Annual report on the Civil Veterinary Department, Burma (including the Insein Veterinary School) - 1910-1922
Year: 1910
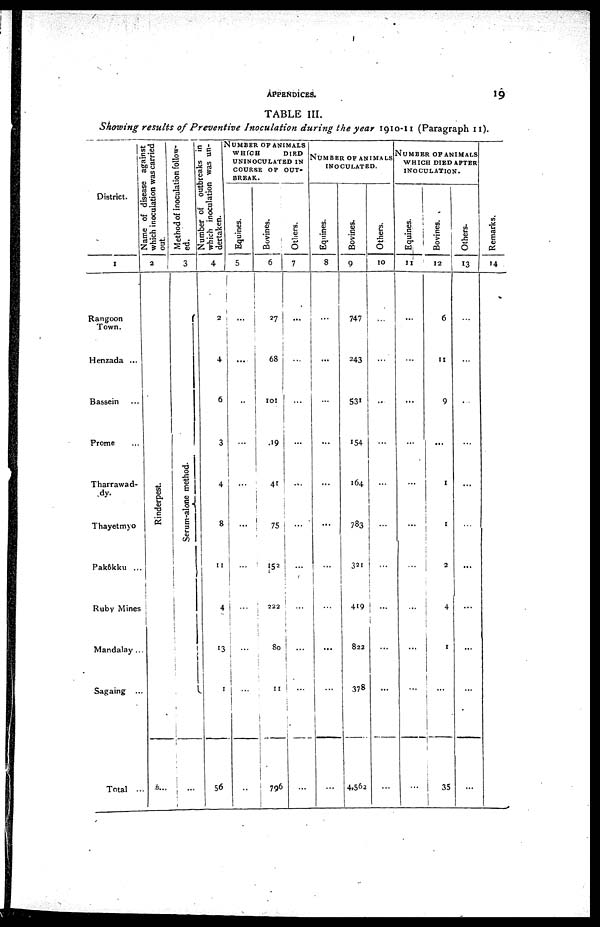
APPENDICES.
19
TABLE III.
Showing results of Preventive Inoculation during the year 1910-11 (Paragraph 11).
District.
1
Rangoon
Town.
Henzada ...
Bassein ...
Prome ...
Tharrawad-
dy.
Thayetmyo
Pakôkku ...
Ruby Mines
Mandalay ...
Sagaing ...
Total ...
Name of disease against
which inoculation was carried
out.
2
Rinderpest.
Method of inoculation follow-
ed.
3
Serum-alone method.
which inoculation was un-
dertaken.
4
2
4
6
3
4
8
11
4
13
...
56
NUMBER OF ANIMALS WHICH DIED AFTER INOCULATION.
Equines.
5
...
...
...
...
...
...
...
...
...
...
Bovines.
6
27
68
101
19
41
75
...
222
80
11
796
Others.
7
...
...
...
...
...
...
...
...
...
...
...
NUMBER OF ANIMALS
INOCULATED.
Equines.
8
...
...
...
...
...
...
...
...
...
...
Bovines.
9
747
243
531
154
164
783
321
419
822
378
4,562
Others.
10
...
...
...
...
...
...
...
...
...
...
...
NUMBER OF ANIMALS
WHICH DIED AFTER
INOCULATION.
Equines.
11
...
...
...
...
...
...
...
...
...
...
...
Bovines.
12
6
11
9
...
1
1
2
4
1
...
35
Others.
13
...
...
...
...
...
...
...
...
...
...
...
Remarks.
14